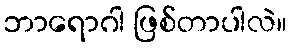
ဘာရောဂါ ဖြစ်တာပါလဲ။